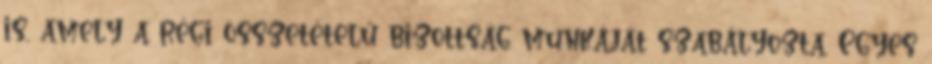
is, amely a régi összetételű bizottság munkáját szabályozta. Egyes